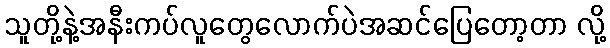
သူတို့နဲ့အနီးကပ်လူတွေလောက်ပဲအဆင်ပြေတော့တာ လို့